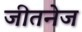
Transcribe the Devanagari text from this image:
जीतनेज